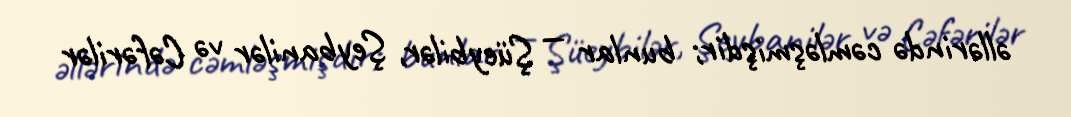
əllərində cəmləşmişdir; bunlar — Şüeybilər, Şeybanilər və Cəfərilər